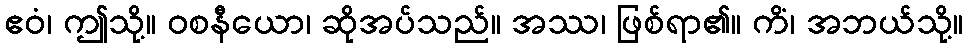
ဧဝံ၊ ဤသို့။ ဝစနီယော၊ ဆိုအပ်သည်။ အဿ၊ ဖြစ်ရာ၏။ ကိံ၊ အဘယ်သို့။